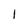
Character: 1